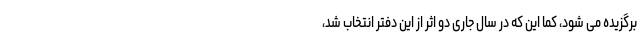
برگزیده می شود، کما این که در سال جاری دو اثر از این دفتر انتخاب شد،